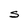
Character: S